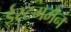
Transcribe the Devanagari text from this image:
ईस्टममैन